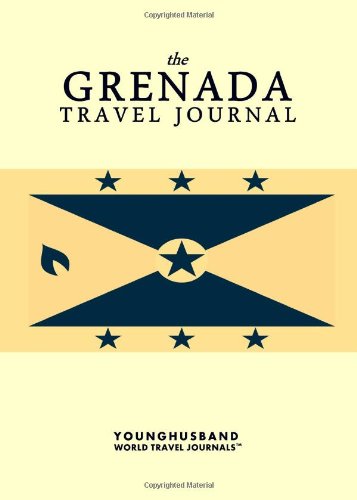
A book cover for The Grenada Travel Journal; Younghusband World Travel Journals; Travel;